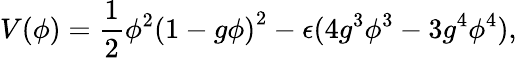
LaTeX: V(\phi)={\frac{1}{2}}\phi^{2}\left(1-g\phi\right)^{2}-\epsilon(4g^{3}\phi^{3}-3g^{4}\phi^{4}),